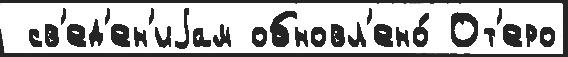
 св'ед'ен'иjам обновл'ено́ От'еро